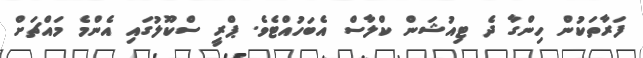
ފަރާތަކުން ހިންގާ ދެ ޓިއުޝަން ކްލާސް އެބަހުއްޓެވެ. ޕްރީ ސްކޫލުގައި އެންމެ މައްޗަށް